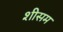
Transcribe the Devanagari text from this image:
शीसम